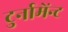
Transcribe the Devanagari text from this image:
टुर्नामेंन्ट